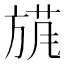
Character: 𱡴